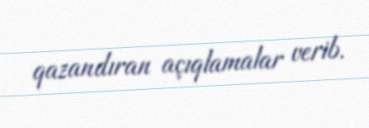
qazandıran açıqlamalar verib.